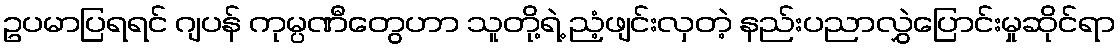
ဥပမာပြရရင် ဂျပန် ကုမ္ပဏီတွေဟာ သူတို့ရဲ့ ညံ့ဖျင်းလှတဲ့ နည်းပညာလွှဲပြောင်းမှုဆိုင်ရာ